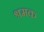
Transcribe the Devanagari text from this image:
श्रमक